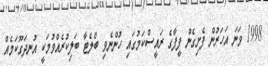
1998 ވަނަ އަހަރުން ފެށިގެން ފީފާގެ ރައީސްކަމުގައި ހުންނެވި ބްލެޓާ ބަލިކުރެއްވުމަކީ އުނދަގޫކަމެއް